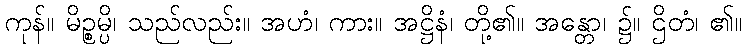
ကုန်။ မိဉ္စမ္ပိ၊ သည်လည်း။ အဟံ၊ ကား။ အဋ္ဌိနံ၊ တို့၏။ အန္တော၊ ၌။ ဌိတံ၊ ၏။